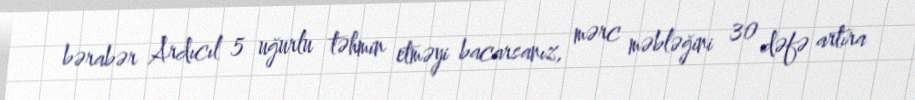
bərabər Ardıcıl 5 uğurlu təhmin etməyi bacarsanız, mərc məbləğini 30 dəfə artıra